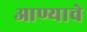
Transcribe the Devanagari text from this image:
आण्याचे